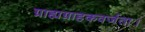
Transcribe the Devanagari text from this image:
ग्राह्यग्राहकवर्जता।